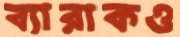
ব্যারাকও